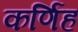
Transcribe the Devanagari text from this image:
कर्णिंह